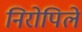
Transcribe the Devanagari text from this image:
निरोपिले